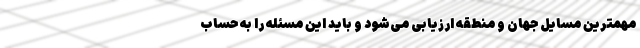
مهمترین مسایل جهان و منطقه ارزیابی می‌شود و باید این مسئله را به حساب